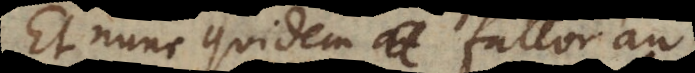
Et nunc quidem fallor an